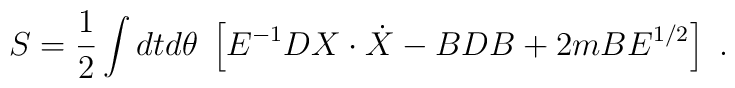
S={1\over 2}\int dtd\theta\; \left[ E^{-1} DX\cdot \dot X - BDB + 2m BE^{1/2}  \right] \ .